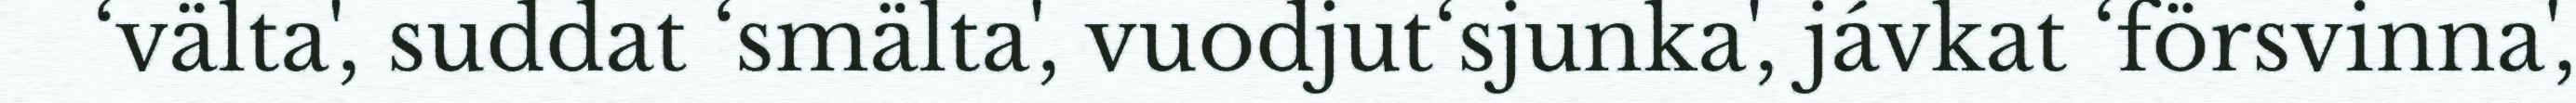
‘välta', suddat ‘smälta', vuodjut‘sjunka', jávkat ‘försvinna',